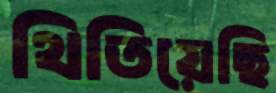
থিতিয়েছি